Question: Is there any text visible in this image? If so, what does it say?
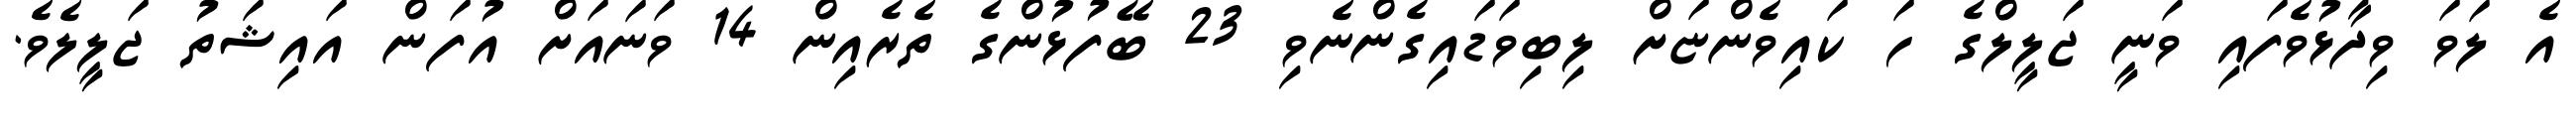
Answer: އެ ލަވަ ވިދާޅުވެފައި ވަނީ ޖަލީލްގެ ހަ ކައިވެންޏަށް ލިބިވަޑައިގެންނެވި 23 ބޭފުޅުންގެ ތެރެއިން 14 ވަނައަށް އުފަން އައިޝަތު ޖަލީލެވެ.